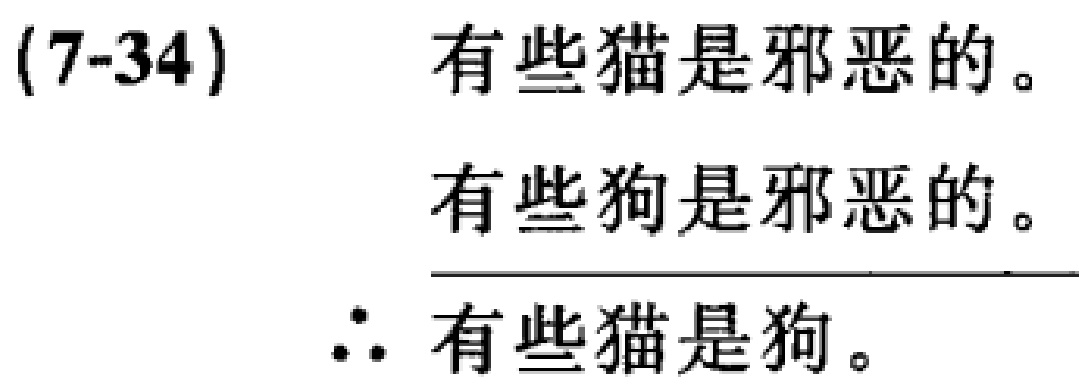
(7-34) 有些猫是邪恶的。
有些狗是邪恶的。
\(\therefore\) 有些猫是狗。